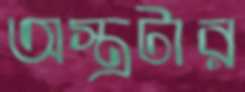
অস্ত্রটার